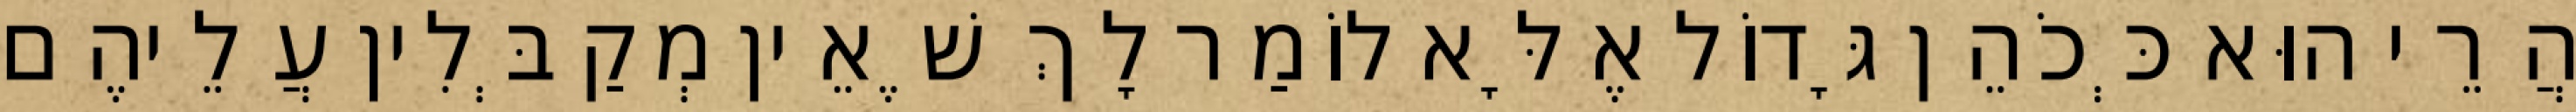
הֲרֵי הוּא כְּכֹהֵן גָּדוֹל אֶלָּא לוֹמַר לָךְ שֶׁאֵין מְקַבְּלִין עֲלֵיהֶם